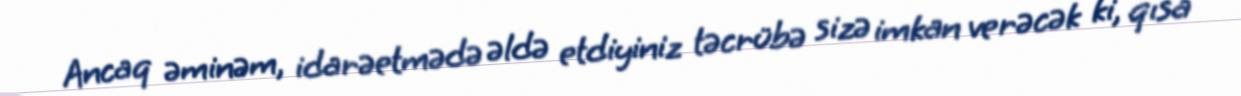
Ancaq əminəm, idarəetmədə əldə etdiyiniz təcrübə sizə imkan verəcək ki, qısa